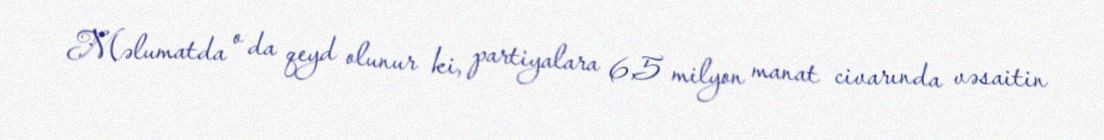
Məlumatda o da qeyd olunur ki, partiyalara 6,5 milyon manat civarında vəsaitin